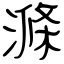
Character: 滌